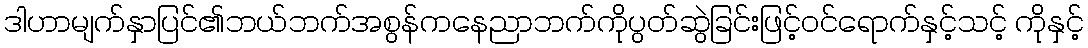
ဒါဟာမျက်နှာပြင်၏ဘယ်ဘက်အစွန်ကနေညာဘက်ကိုပွတ်ဆွဲခြင်းဖြင့်ဝင်ရောက်နှင့်သင့် ကိုနှင့်